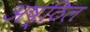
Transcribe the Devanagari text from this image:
अष्ठिल